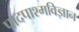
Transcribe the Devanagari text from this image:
पादपाश्मविज्ञान